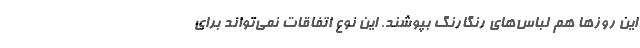
این روزها هم لباس‌های رنگارنگ بپوشند. این نوع اتفاقات نمی‌تواند برای